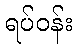
ရပ်ဝန်း